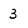
Character: 3